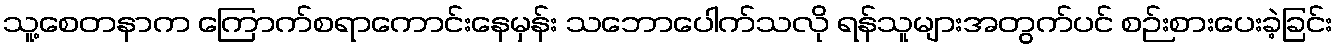
သူ့စေတနာက ကြောက်စရာကောင်းနေမှန်း သဘောပေါက်သလို ရန်သူများအတွက်ပင် စဉ်းစားပေးခဲ့ခြင်း